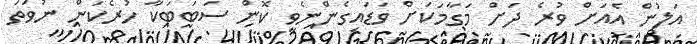
އަލުން އެއަށް ވުރެ ދަށް މަގާމަކަށް ވަޑައިގެންނެވީ ކޮން ސަބަބަކާ ހުރެކަން ނުވަތަ